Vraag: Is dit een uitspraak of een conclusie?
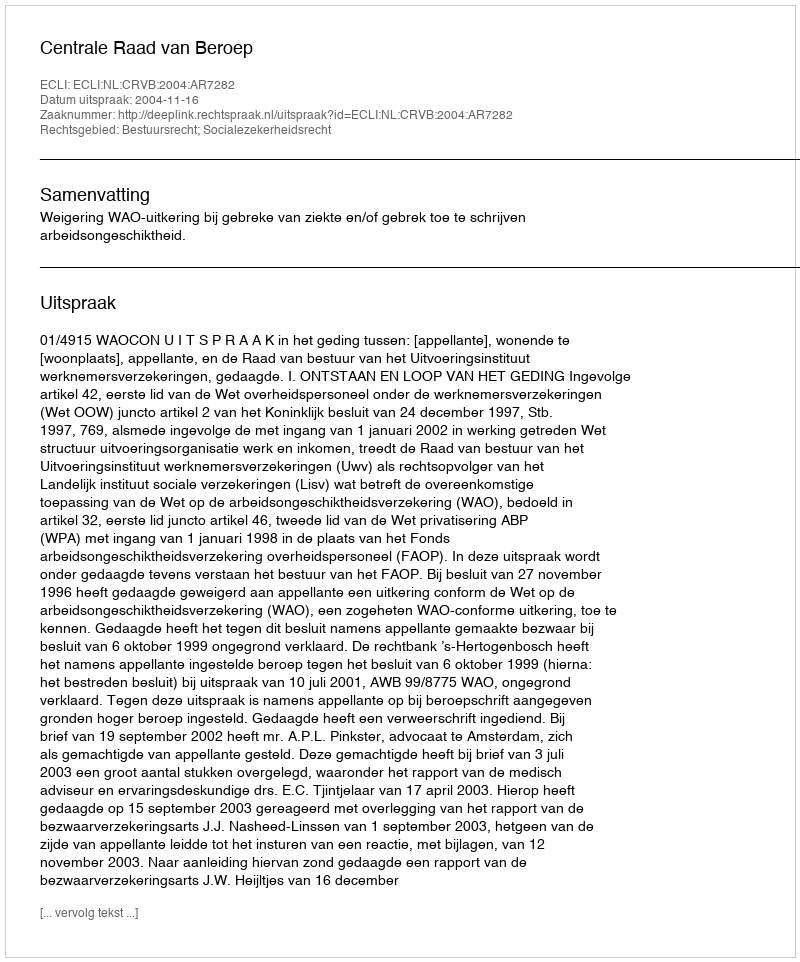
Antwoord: Uitspraak